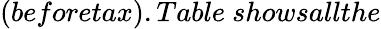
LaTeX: (beforetax).Table~showsallthe